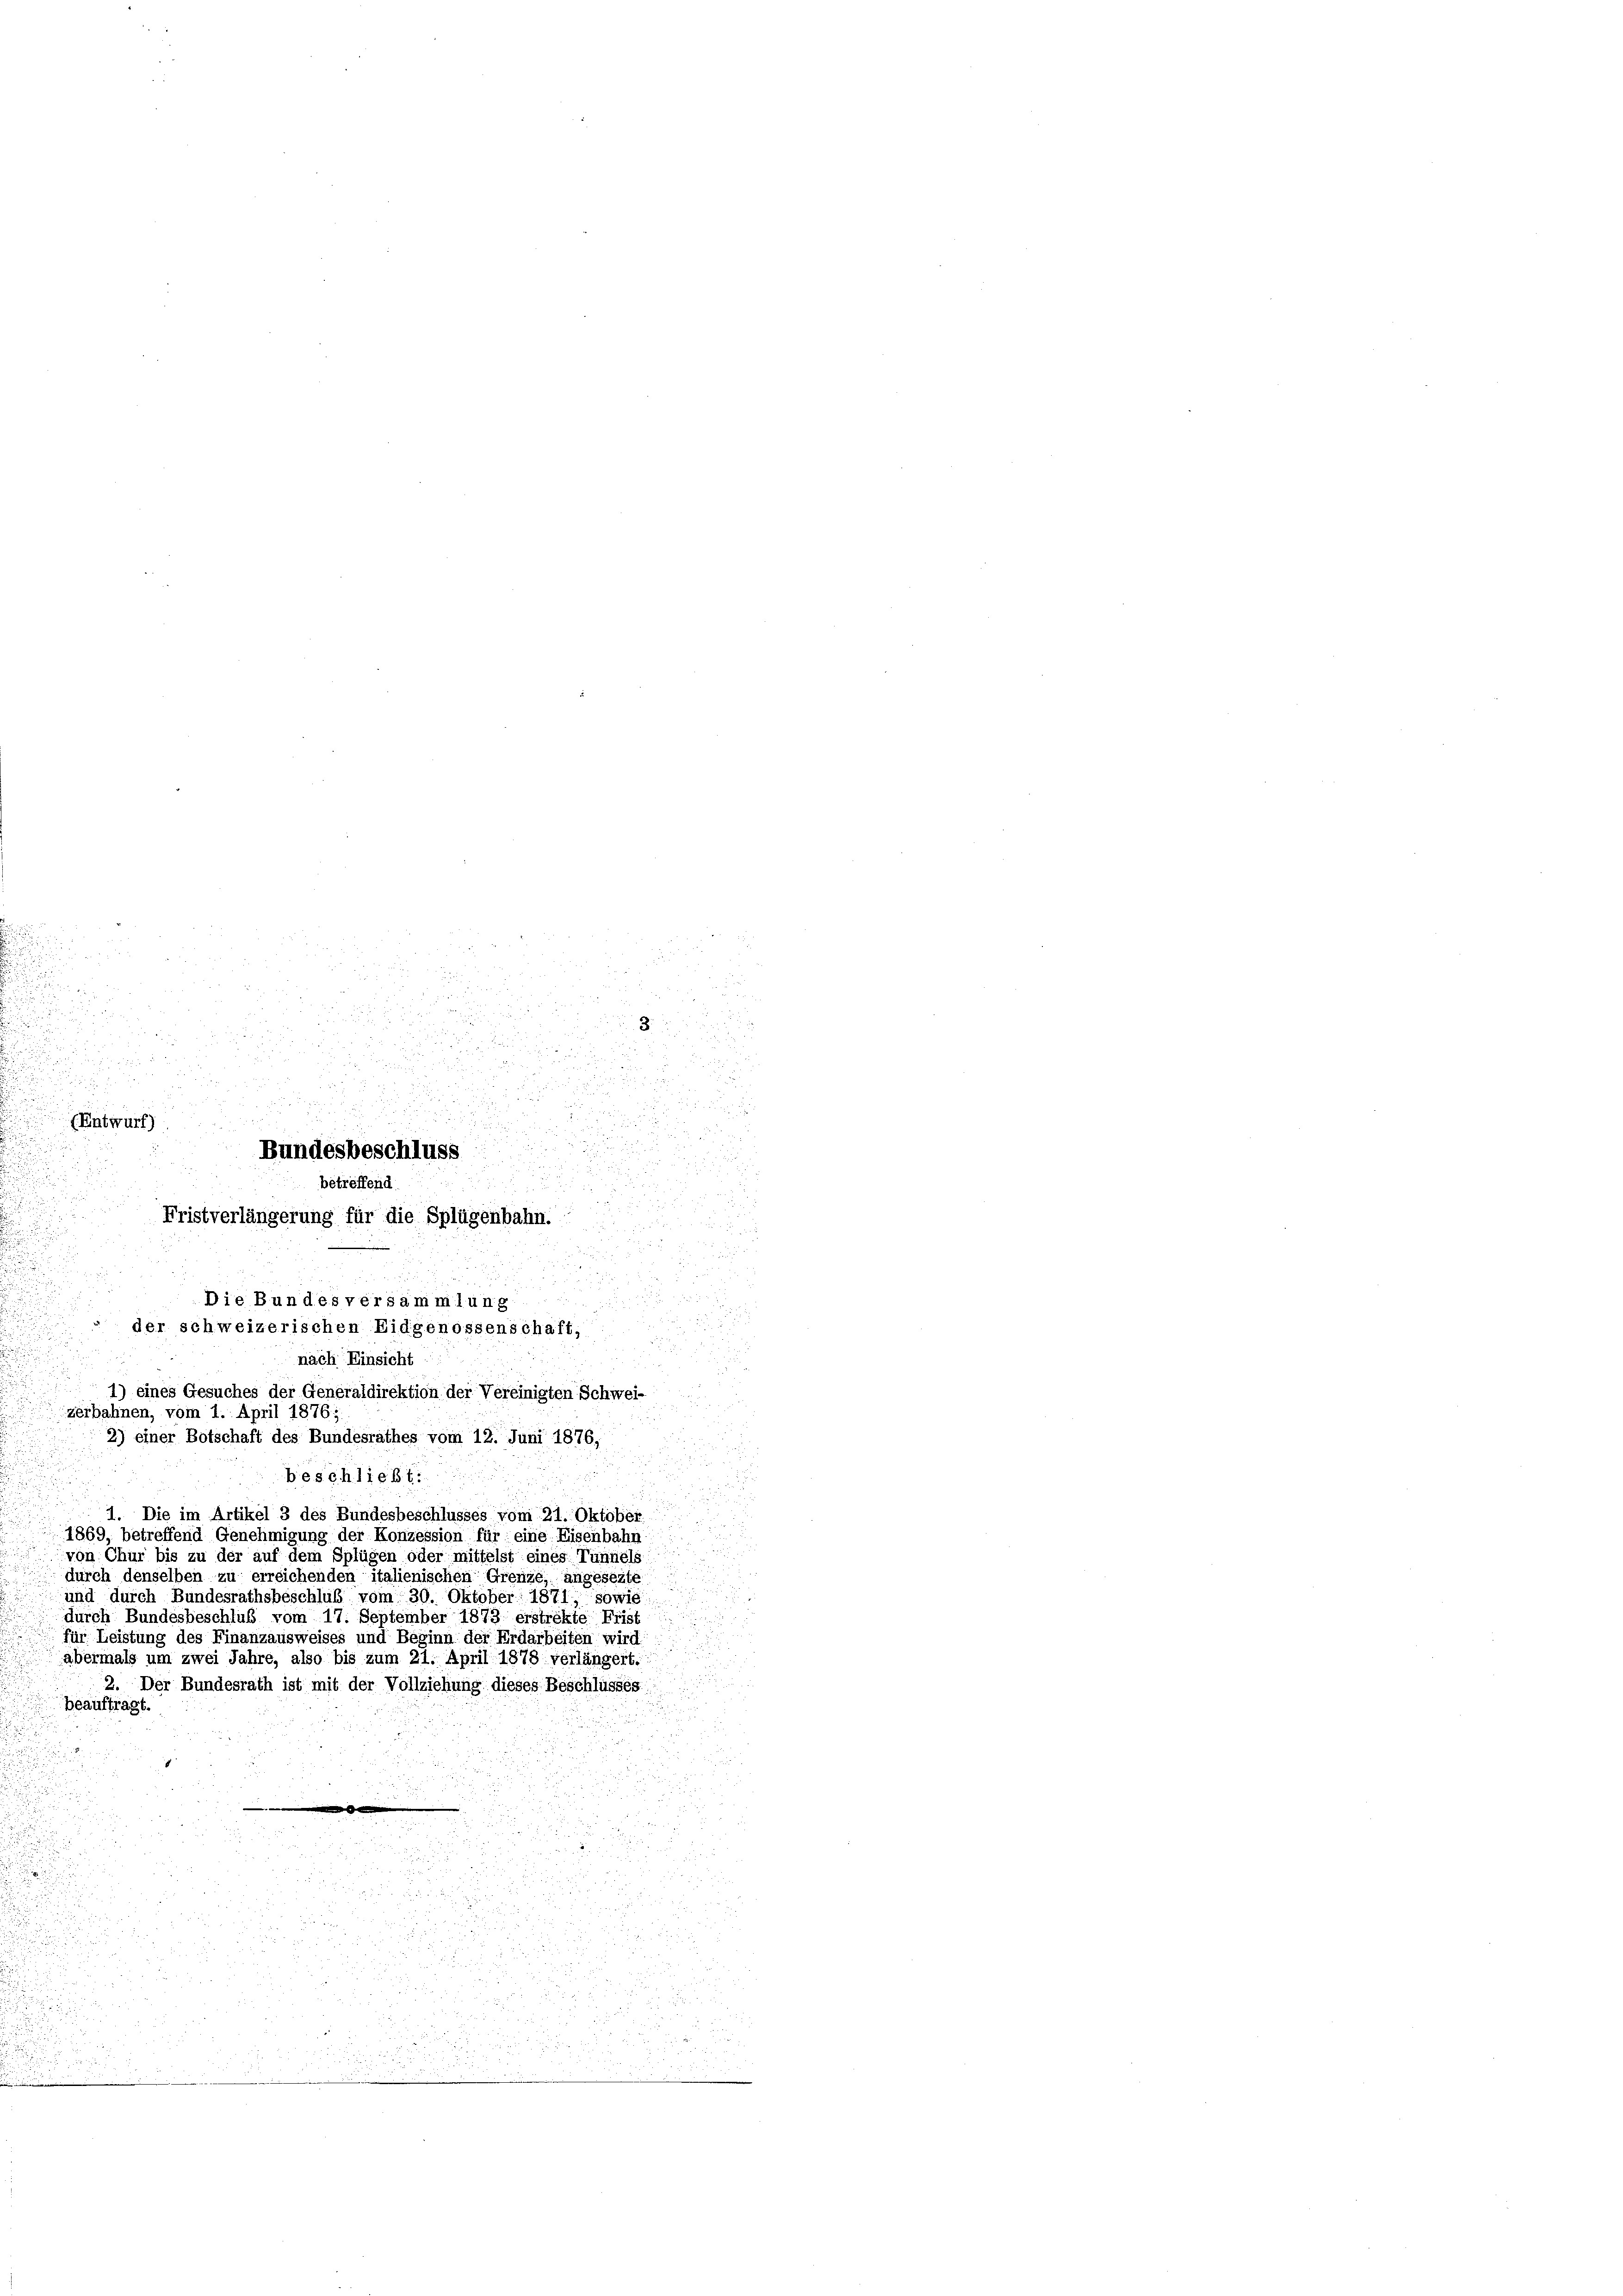
u
u
2
 Entwurf)

2

u

.
u
d

d
i
 88

1) eines Gesuches der Generaldirektion der Vereinigten Schwei¬
2) einer Botschaft des Bundesrathes vom 12. Juni 1876,
beschließt:
1. Die im Artikel 3 des Bundesbeschlusses vom 21. Oktober
1869, betreffend Genehmigung der Konzession für eine Eisenbahn
von Chur bis zu der auf dem Splügen oder mittelst eines Tunnels
durch denselben zu erreichenden italienischen Grenze, angesezte
und durch Bundesrathsbeschluß vom 30. Oktober 1871, sowie
durch Bundesbeschluß vom 17. September 1873 erstrekte Frist
für Leistung des Finanzausweises und Beginn der Erdarbeiten wird:
abermals um zwei Jahre, also bis zum 21. April 1878 verlängert.
2. Der Bundesrath ist mit der Vollziehung dieses Beschlüsses
beauftragt.

zerbahnen, vom 1. April 1876;

2

Bundesbeschluss
betreffend

Fristverlängerung für die Splügenbahn.
Die Bundesversammlung
der schweizerischen Eidgenossenschaft,
nach Einsicht

.